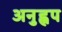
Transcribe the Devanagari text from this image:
अनुह्वप